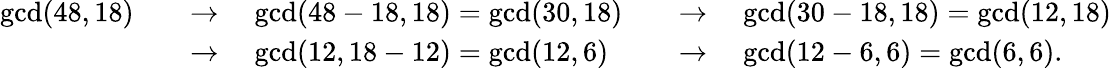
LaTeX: {\begin{array}{rlrl}{\operatorname*{gcd}(48,18)\quad}&{\to\quad\operatorname*{gcd}(48-18,18)=\operatorname*{gcd}(30,18)}&&{\to\quad\operatorname*{gcd}(30-18,18)=\operatorname*{gcd}(12,18)}\\ &{\to\quad\operatorname*{gcd}(12,18-12)=\operatorname*{gcd}(12,6)}&&{\to\quad\operatorname*{gcd}(12-6,6)=\operatorname*{gcd}(6,6).}\end{array}}